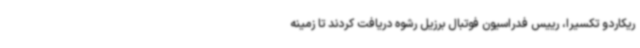
ریکاردو تکسیرا، رییس فدراسیون فوتبال برزیل رشوه دریافت کردند تا زمینه